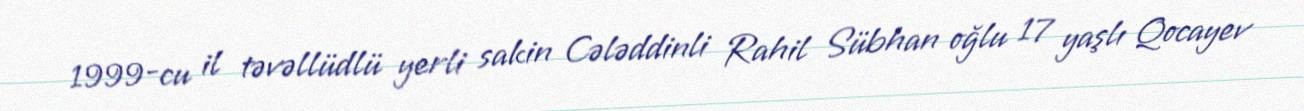
1999-cu il təvəllüdlü yerli sakin Cələddinli Rahil Sübhan oğlu 17 yaşlı Qocayev